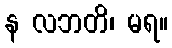
န လဘတိ၊ မရ။